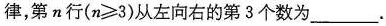
律，第n行$$( n ≥ 3 )$$从左向右的第3个数为___.